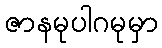
ဇာနမုပါဂမုမှာ